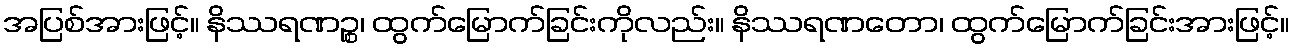
အပြစ်အားဖြင့်။ နိဿရဏဉ္စ၊ ထွက်မြောက်ခြင်းကိုလည်း။ နိဿရဏတော၊ ထွက်မြောက်ခြင်းအားဖြင့်။